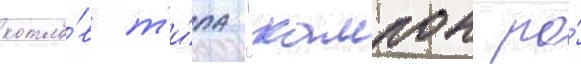
котло́в т'и́па "кампон ро́